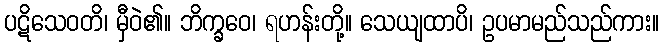
ပဋိသေဝတိ၊ မှီဝဲ၏။ ဘိက္ခဝေ၊ ရဟန်းတို့။ သေယျထာပိ၊ ဥပမာမည်သည်ကား။